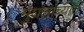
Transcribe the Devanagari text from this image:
मुघलांच्यात